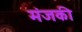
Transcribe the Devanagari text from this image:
मंजकी